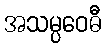
အသမ္ပဝေဓီ